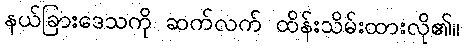
နယ်ခြားဒေသကို ဆက်လက် ထိန်းသိမ်းထားလို၏။